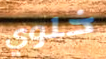
خلوي